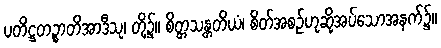
ပတိဋ္ဌတဉ္စာတိအာဒီသု၊ တို့၌။ စိတ္တသန္တတိယံ၊ စိတ်အစဉ်ဟုဆိုအပ်သောအနက်၌။